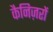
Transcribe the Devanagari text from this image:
कैनिज़रों